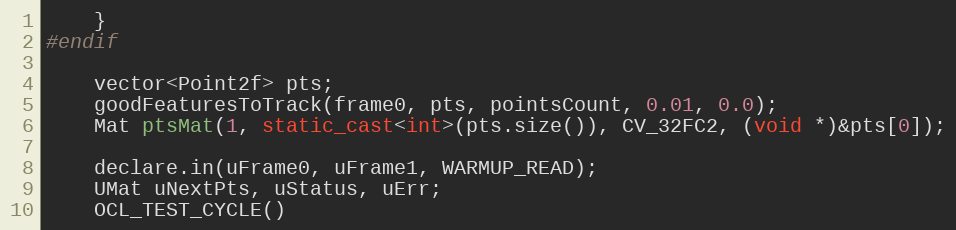
Language: C++
    }
#endif

    vector<Point2f> pts;
    goodFeaturesToTrack(frame0, pts, pointsCount, 0.01, 0.0);
    Mat ptsMat(1, static_cast<int>(pts.size()), CV_32FC2, (void *)&pts[0]);

    declare.in(uFrame0, uFrame1, WARMUP_READ);
    UMat uNextPts, uStatus, uErr;
    OCL_TEST_CYCLE()